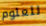
للعلوم